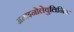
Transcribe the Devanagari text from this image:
अमाइनोलेवुलिनिक